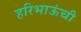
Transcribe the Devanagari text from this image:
हरिभाऊंची